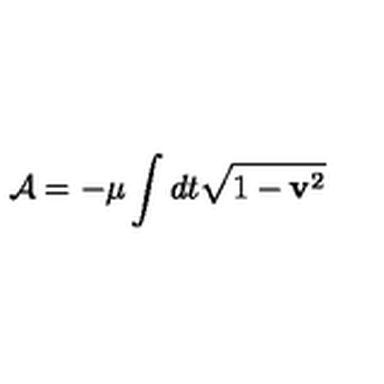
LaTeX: { \cal A } = - \mu \int d t \sqrt { 1 - { \bf v } ^ { 2 } }